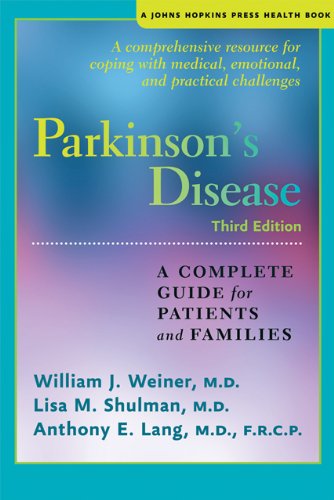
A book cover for Parkinson's Disease: A Complete Guide for Patients and Families (A Johns Hopkins Press Health Book); William J. Weiner; Health, Fitness & Dieting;